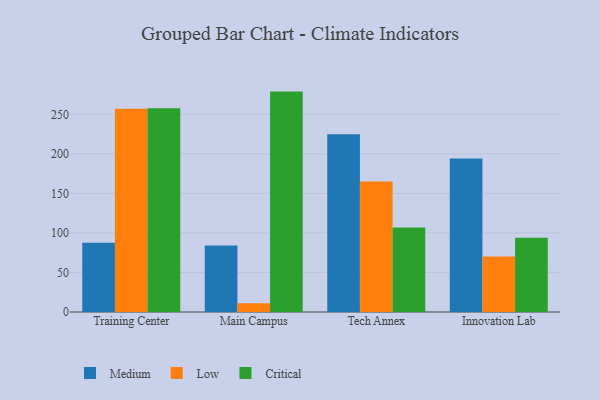
{"axis": {"x": "Campus", "y": "Tickets Resolved"}, "legend": ["Critical", "Low", "Medium"], "data": [{"x": "Training Center", "y": 87.5, "type": "Medium"}, {"x": "Training Center", "y": 256.9, "type": "Low"}, {"x": "Training Center", "y": 257.6, "type": "Critical"}, {"x": "Main Campus", "y": 84.2, "type": "Medium"}, {"x": "Main Campus", "y": 11.2, "type": "Low"}, {"x": "Main Campus", "y": 278.7, "type": "Critical"}, {"x": "Tech Annex", "y": 224.8, "type": "Medium"}, {"x": "Tech Annex", "y": 165.1, "type": "Low"}, {"x": "Tech Annex", "y": 106.9, "type": "Critical"}, {"x": "Innovation Lab", "y": 194.2, "type": "Medium"}, {"x": "Innovation Lab", "y": 70.3, "type": "Low"}, {"x": "Innovation Lab", "y": 94.0, "type": "Critical"}]}